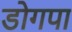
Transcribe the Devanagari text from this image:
डोगपा